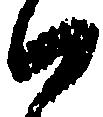
か